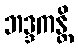
ဘဒ္ဒကန္တိ